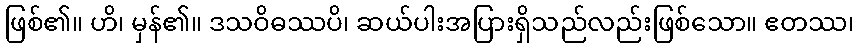
ဖြစ်၏။ ဟိ၊ မှန်၏။ ဒသဝိဓဿပိ၊ ဆယ်ပါးအပြားရှိသည်လည်းဖြစ်သော။ ဧတဿ၊